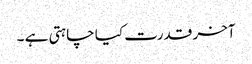
آخر قدرت کیا چاہتی ہے ۔